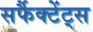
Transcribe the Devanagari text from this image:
सर्फैक्टेंट्स